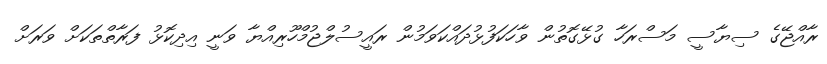
ރާއްޖޭގެ ސިޔާސީ މަސްރަހާ ގުޅޭގޮތުން ވާހަކަފުޅުދައްކަވަމުން ރައީސުލްޖުމްހޫރިއްޔާ ވަނީ އިދިކޮޅު ފަރާތްތަކަށް ވަރަށް